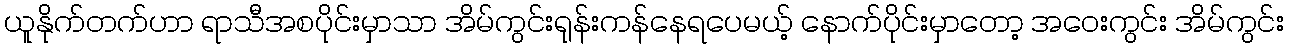
ယူနိုက်တက်ဟာ ရာသီအစပိုင်းမှာသာ အိမ်ကွင်းရုန်းကန်နေရပေမယ့် နောက်ပိုင်းမှာတော့ အဝေးကွင်း အိမ်ကွင်း